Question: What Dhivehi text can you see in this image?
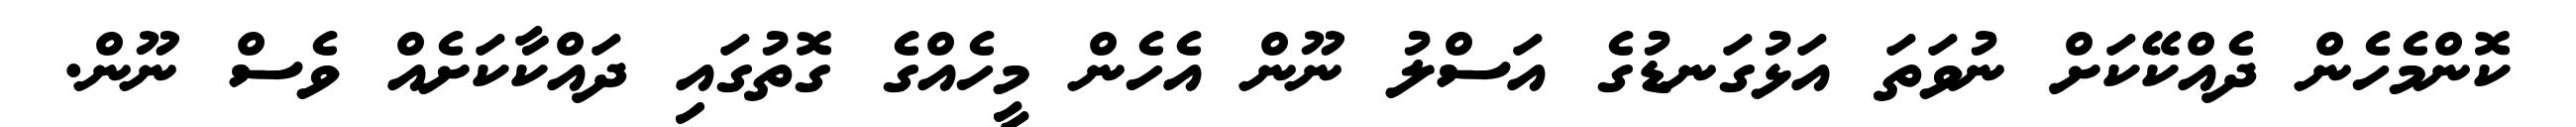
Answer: ކޮންމެހެން ދެއްކޭކަށް ނުވަތަ އަޅުގަނޑުގެ އަސްލު ނޫން އެހެން މީހެއްގެ ގޮތުގައި ދައްކާކަށެއް ވެސް ނޫން.